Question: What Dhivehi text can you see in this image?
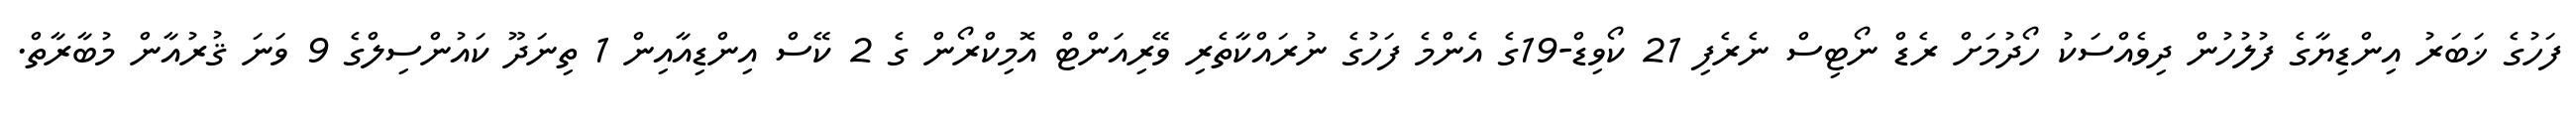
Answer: ފަހުގެ ޚަބަރު އިންޑިޔާގެ ފުލުހުން ދިވެއްސަކު ހޯދުމަށް ރެޑް ނޯޓިސް ނެރެފި 21 ކޯވިޑް-19ގެ އެންމެ ފަހުގެ ނުރައްކާތެރި ވޭރިއަންޓް އޮމިކްރޯން ގެ 2 ކޭސް އިންޑިއާއިން 1 ތިނަދޫ ކައުންސިލްގެ 9 ވަނަ ޤުރުއާން މުބާރާތް.